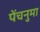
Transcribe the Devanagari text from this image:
पेंचनुमा